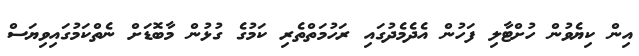
އިން ކިޔެވުން ހުށްޓާލި ފަހުން އެދެމެދުގައި ރަހުމަތްތެރި ކަމުގެ ގުޅުން މާބޮޑަށް ނެތްކަމުގައިވިޔަސް